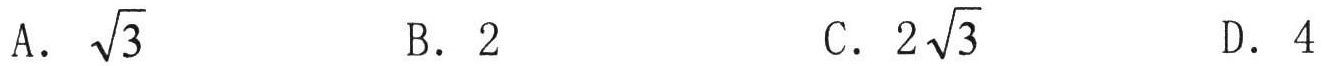
A. $\sqrt{3}$  B. $2$  C. $2\sqrt{3}$  D. $4$